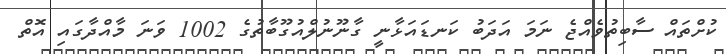
ކުށްތައް ސާބިތުވެއްޖެ ނަމަ އަދަބު ކަނޑައަޅާނީ ގާނޫނުލްއުގޫބާތުގެ 1002 ވަނަ މާއްދާގައި އޮތް